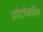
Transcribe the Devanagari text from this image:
प्रोटोकाॅल